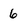
Character: 6